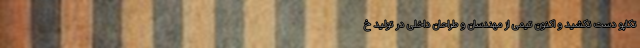
تکاپو دست نکشید و اکنون تیمی از مهندسان و طراحان داخلی در تولید خ